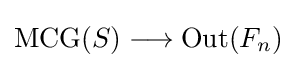
\mathrm {MCG} (S)\longrightarrow \mathrm {Out} (F_{n})